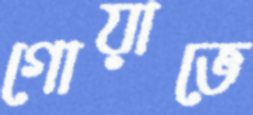
গোয়াভে